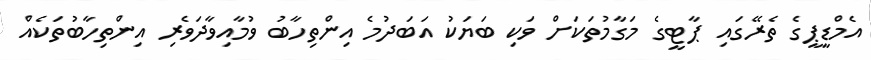
އެމްޑީޕީގެ ތެރޭގައި ޕާޓީގެ މަގާމުތަކަށް ވަކި ބަޔަކު އަބަދުމެ އިންތިހާބު ވުމާއިވާދަވެރި އިންތިހާބުތަކެއް